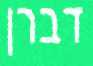
דברן